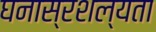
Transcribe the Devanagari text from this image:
घनास्रशल्यता